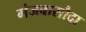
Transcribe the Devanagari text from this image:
गंजबासौदा